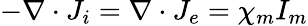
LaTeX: -\nabla\cdot J_{i}=\nabla\cdot J_{e}=\chi_{m}I_{m}